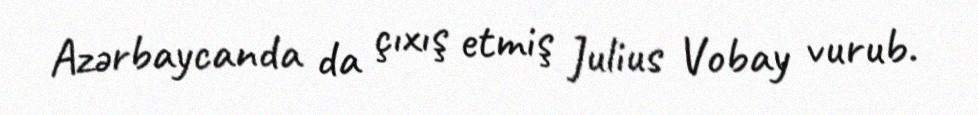
Azərbaycanda da çıxış etmiş Julius Vobay vurub.